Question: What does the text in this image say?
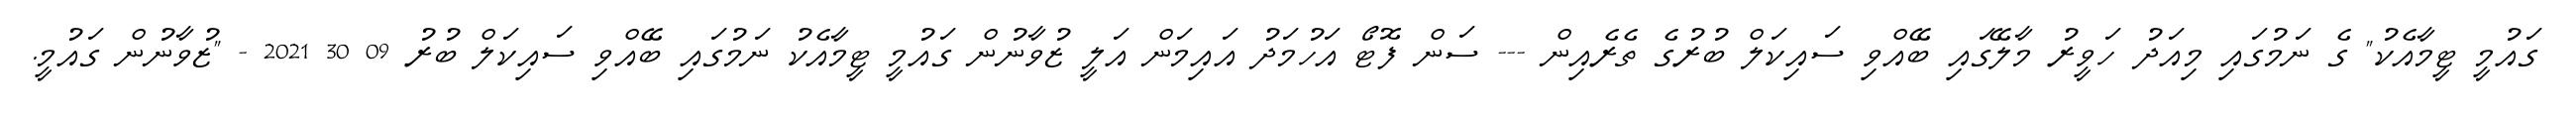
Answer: ގައުމީ ޓީމާއެކު" ގެ ނަމުގައި މިއަދު ހަވީރު މާލޭގައި ބޭއްވި ސައިކަލް ބުރުގެ ތެރެއިން --- ސަން ފޮޓޯ އަހުމަދު އައިމަން އަލީ ޒުވާނުން ގައުމީ ޓީމާއެކު ނަމުގައި ބޭއްވި ސައިކަލް ބުރު 09 30 2021 - "ޒުވާނުން ގައުމީ.